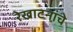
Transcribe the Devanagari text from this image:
रेखाटनांचे